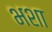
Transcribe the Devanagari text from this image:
भशा